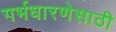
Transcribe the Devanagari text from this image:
गर्भधारणेसाठी